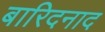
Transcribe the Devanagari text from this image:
बारिदनाद